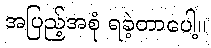
အပြည့်အစုံ ရခဲ့တာပေါ့။